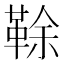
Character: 䩣